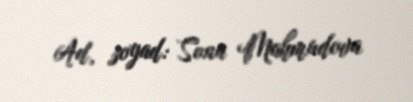
Ad, soyad: Sona Mahmudova